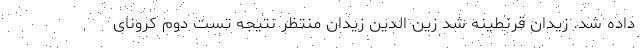
داده شد. زیدان قرنطینه شد زین الدین زیدان منتظر نتیجه تست دوم کرونای